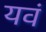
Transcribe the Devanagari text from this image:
यवं